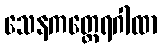
သေနကတ္ထေရဂါထာ